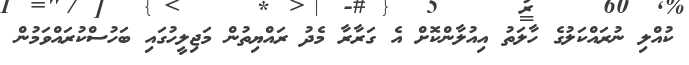
ކުއްލި ނުރައްކަލުގެ ހާލަތު އިއުލާންކޮށް އެ ގަރާރާ މެދު ރައްޔިތުން މަޖިލީހުގައި ބަހުސްކުރައްވަމުން